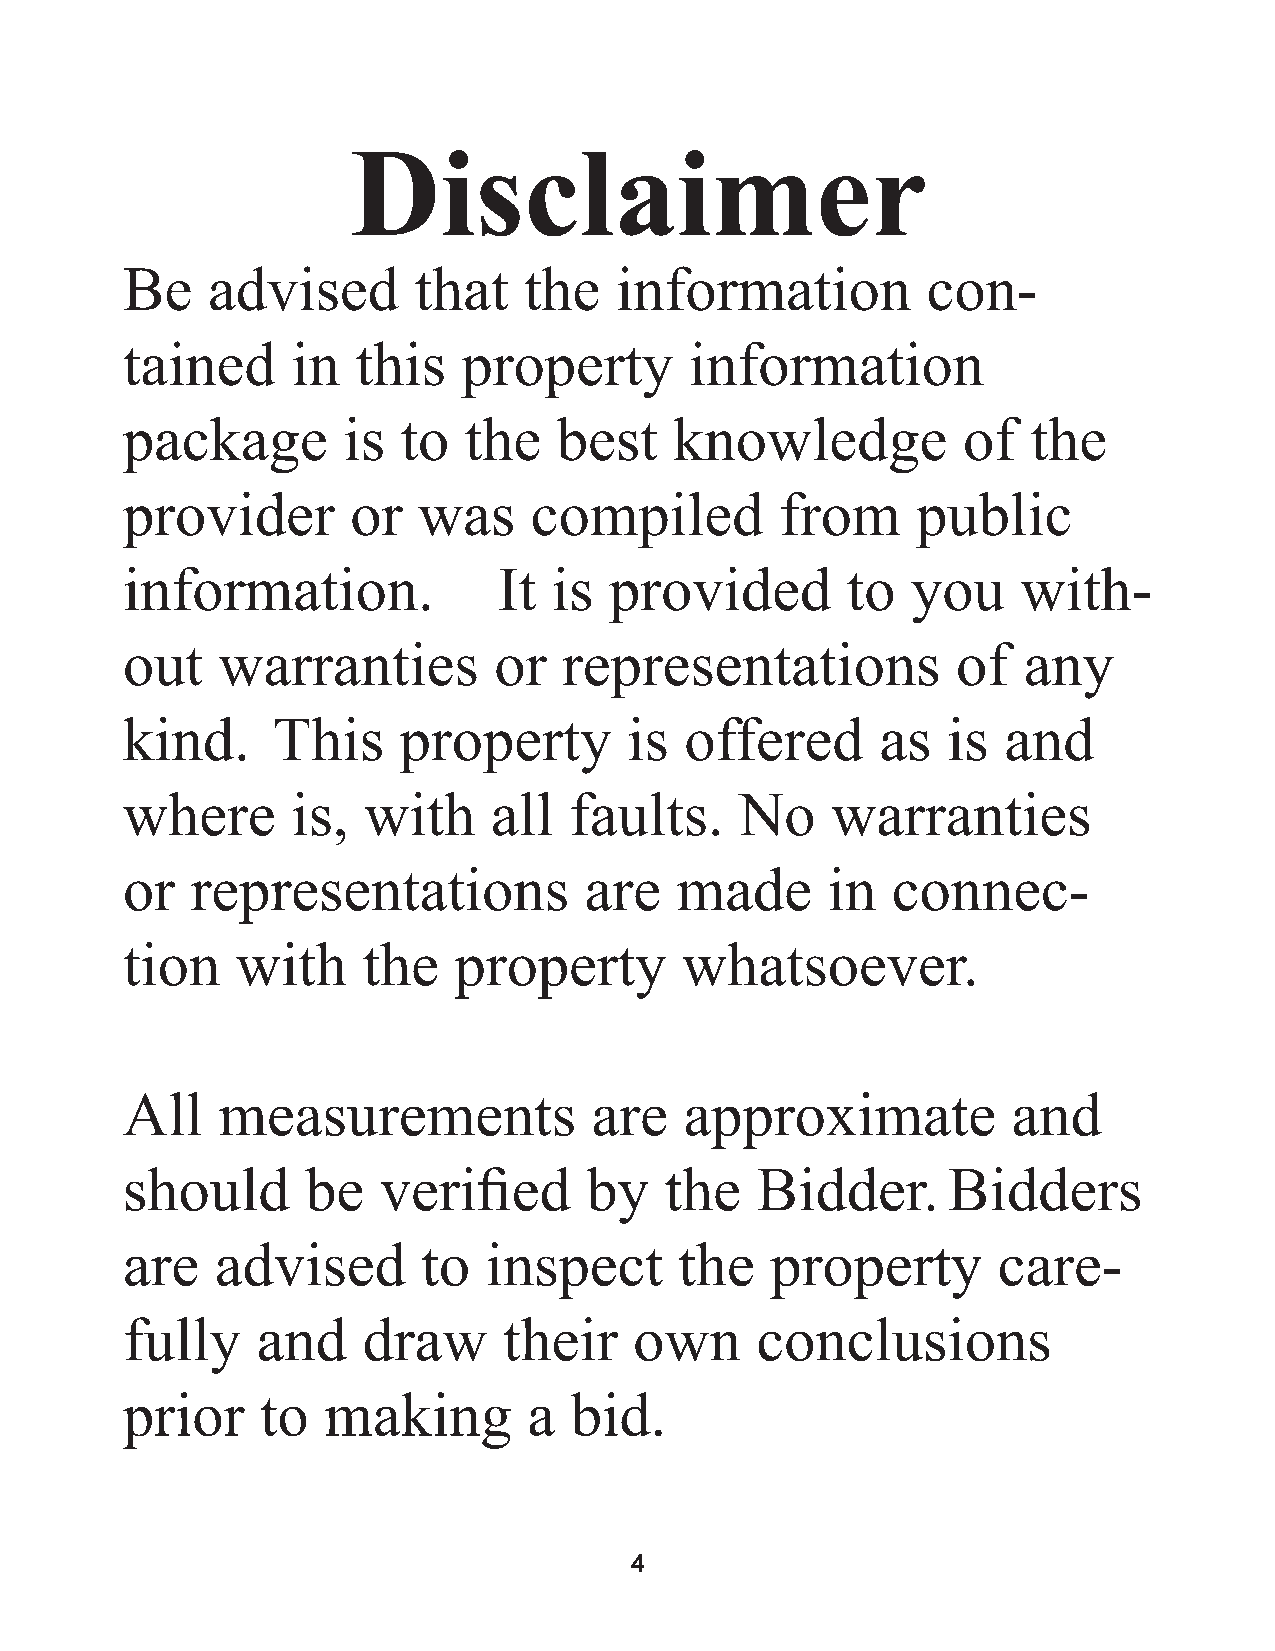
Disclaimer
 Be    advised      that    the   information         con-
 tained     in   this   property       information
 package        is  to  the   best    knowledge          of  the
 provider       or   was    compiled         from     public
 information.             It  is provided        to  you     with-
 out   warranties         or  representations           of   any
 kind.     This    property        is offered      as   is and
 where      is,  with     all  faults.    No    warranties
 or   representations           are   made      in  connec-
 tion    with    the   property       whatsoever.
 All   measurements             are   approximate           and
 should      be   verified      by   the   Bidder.      Bidders
 are   advised       to  inspect      the   property       care-
 fully    and    draw     their    own     conclusions
 prior    to  making        a  bid.
 4